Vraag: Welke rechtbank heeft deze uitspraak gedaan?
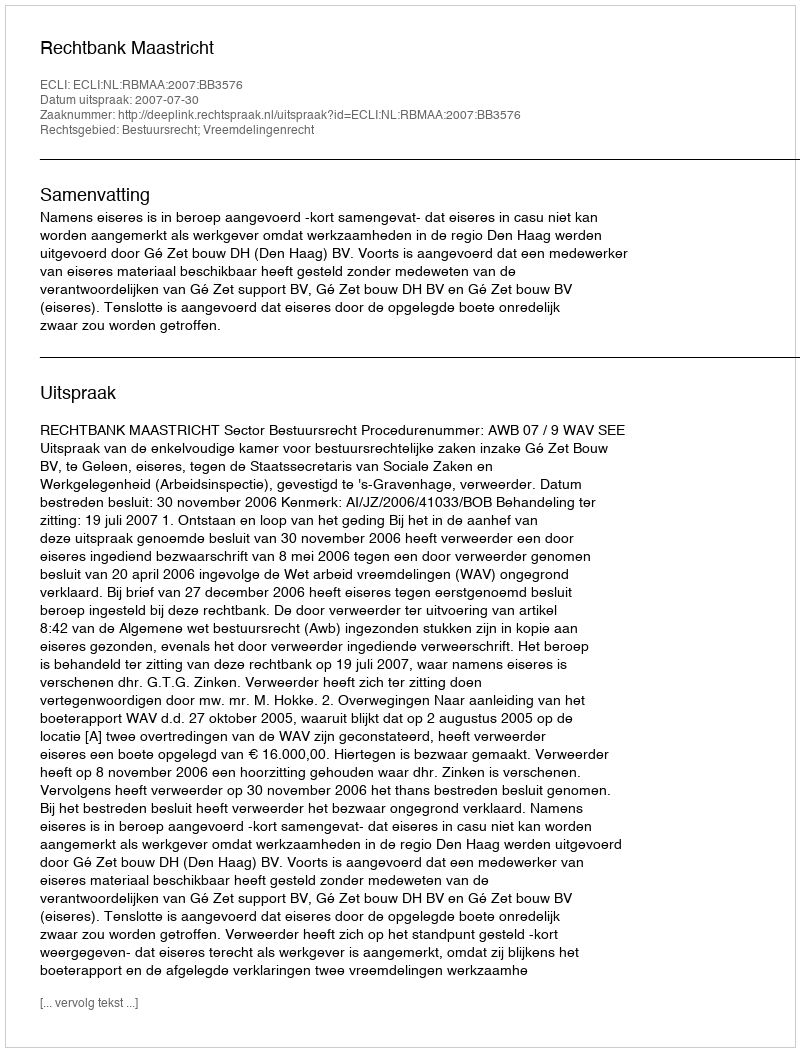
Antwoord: Rechtbank Maastricht